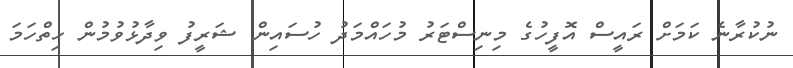
ނުކުރާނެ ކަމަށް ރައީސް އޮފީހުގެ މިނިސްޓަރު މުހައްމަދު ހުސައިން ޝަރީފު ވިދާޅުވުމުން ހިތްހަމަ